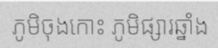
ភូមិចុងកោះ ភូមិផ្សារឆ្នាំង